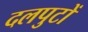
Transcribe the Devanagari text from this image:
दलपुटों